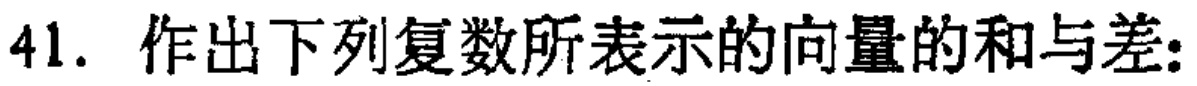
41. 作出下列复数所表示的向量的和与差: